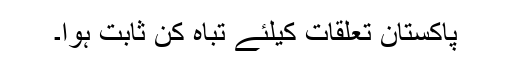
پاکستان تعلقات کیلئے تباہ کن ثابت ہوا۔